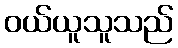
ဝယ်ယူသူသည်